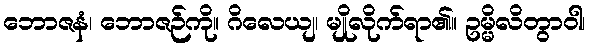
ဘောဇနံ၊ ဘောဇဉ်ကို။ ဂိလေယျ၊ မျိုလိုက်ရာ၏။ ဥမ္မိလိတွာဝါ၊